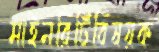
মাইনরিটিবিষয়ক